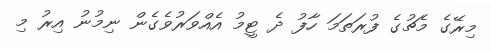
މިރޭގެ މެޗުގެ ފުރަތަމަ ހާފު ދެ ޓީމު އެއްވަރުވެގެން ނިމުނު އިރު މި